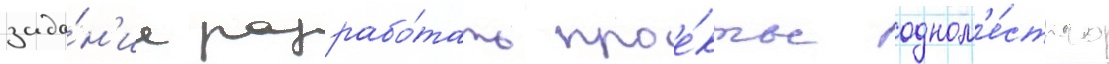
зада́н'ие разрабо́тать прое́кты одном'е́стного